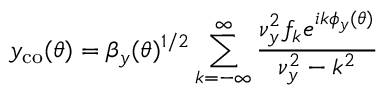
y _ { \mathrm { c o } } ( \theta ) = \beta _ { y } ( \theta ) ^ { 1 / 2 } \sum _ { k = - \infty } ^ { \infty } \frac { \nu _ { y } ^ { 2 } f _ { k } e ^ { i k \phi _ { y } ( \theta ) } } { \nu _ { y } ^ { 2 } - k ^ { 2 } }